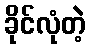
ခိုင်လုံတဲ့